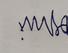
Signature authenticity: forged